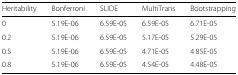
<table><thead><tr><td><b>Heritability</b></td><td><b>Bonferroni</b></td><td><b>SLIDE</b></td><td><b>MultiTrans</b></td><td><b>Bootstrapping</b></td></tr></thead><tbody><tr><td>0</td><td>5.19E-06</td><td>6.59E-05</td><td>6.59E-05</td><td>6.71E-05</td></tr><tr><td>0.2</td><td>5.19E-06</td><td>6.59E-05</td><td>5.17E-05</td><td>5.29E-05</td></tr><tr><td>0.5</td><td>5.19E-06</td><td>6.59E-05</td><td>4.71E-05</td><td>4.85E-05</td></tr><tr><td>0.8</td><td>5.19E-06</td><td>6.59E-05</td><td>4.54E-05</td><td>4.48E-05</td></tr></tbody></table>